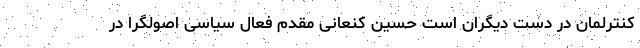
کنترلمان در دست دیگران است حسین کنعانی مقدم فعال سیاسی اصولگرا در